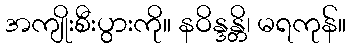
အကျိုးစီးပွားကို။ နဝိန္ဒန္တိ၊ မရကုန်။